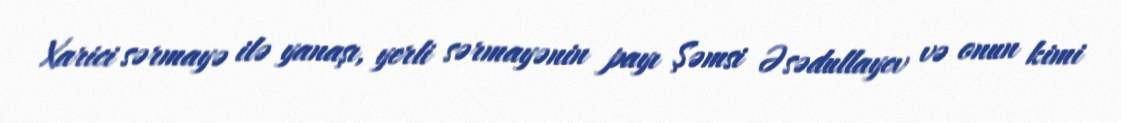
Xarici sərmayə ilə yanaşı, yerli sərmayənin payı Şəmsi Əsədullayev və onun kimi